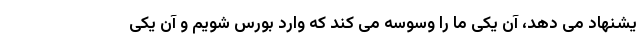
یشنهاد می دهد، آن یکی ما را وسوسه می کند که وارد بورس شویم و آن یکی